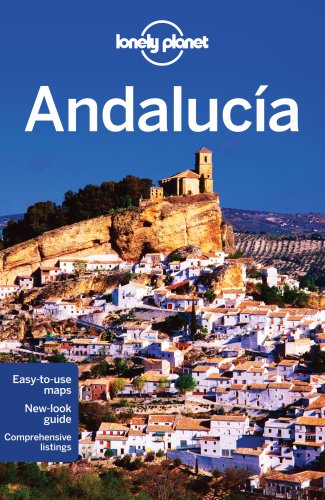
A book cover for Lonely Planet Andalucia (Travel Guide); Lonely Planet; Travel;